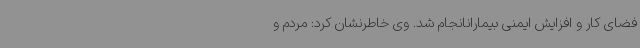
فضای کار و افزایش ایمنی بیمارانانجام شد. وی خاطرنشان کرد: مردم و